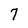
Character: 7